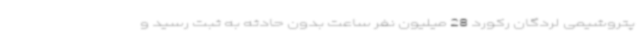
پتروشیمی لردگان رکورد 28 میلیون نفر ساعت بدون حادثه به ثبت رسید و